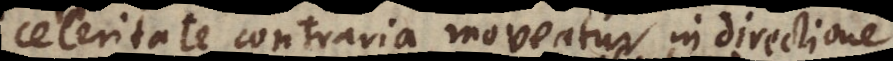
celeritate contraria moveatur in direction